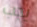
يجب